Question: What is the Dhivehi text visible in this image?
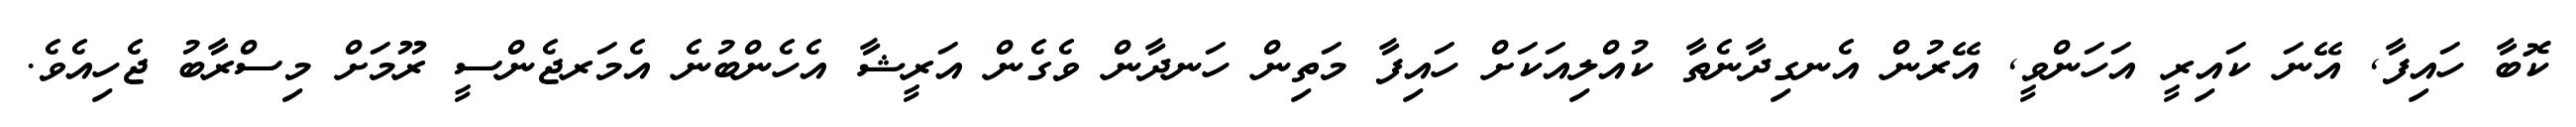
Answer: ކޮބާ ހައިފާ, އޭނަ ކައިރީ އަހަންވީ, އޭރުން އެނގިދާނެތާ ކުއްލިއަކަށް ހައިފާ މަތިން ހަނދާން ވެގެން އަރީޝާ އެހެންބުނެ އެމަރޖެންސީ ރޫމަށް މިސްރާބު ޖެހިއެވެ.